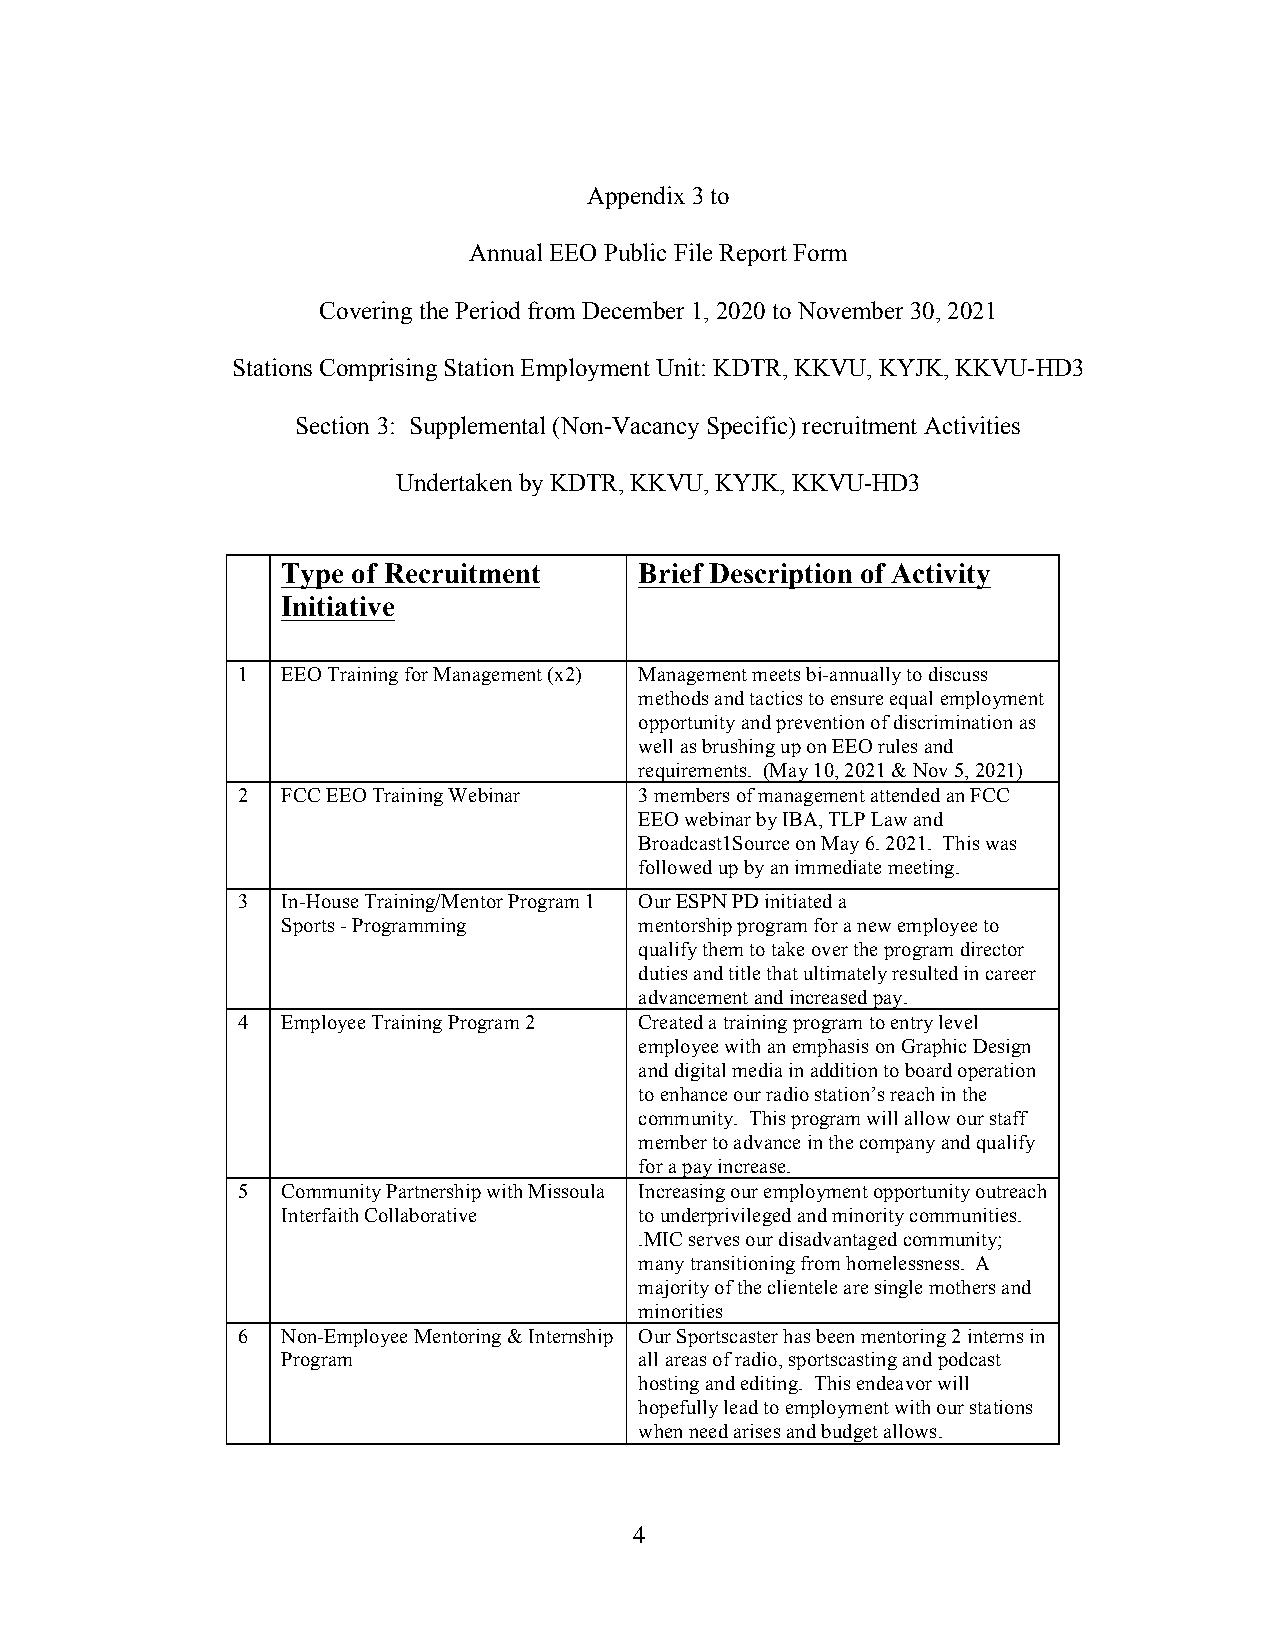
Appendix 3 to
 Annual EEO Public File Report Form
 Covering the Period from December 1, 2020 to November 30, 2021
 Stations Comprising Station Employment Unit: KDTR, KKVU, KYJK, KKVU-HD3
 Section 3: Supplemental (Non-Vacancy Specific) recruitment Activities
 Undertaken by KDTR, KKVU, KYJK, KKVU-HD3
 Type of Recruitment    Brief Description of Activity
 Initiative
 1  EEO Training for Management (x2) Management meets bi-annually to discuss
 methods and tactics to ensure equal employment
 opportunity and prevention of discrimination as
 well as brushing up on EEO rules and
 requirements. (May 10, 2021 & Nov 5, 2021)
 2  FCC EEO Training Webinar 3 members of management attended an FCC
 EEO webinar by IBA, TLP Law and
 Broadcast1Source on May 6. 2021. This was
 followed up by an immediate meeting.
 3  In-House Training/Mentor Program 1 Our ESPN PD initiated a
 Sports - Programming   mentorship program for a new employee to
 qualify them to take over the program director
 duties and title that ultimately resulted in career
 advancement and increased pay.
 4  Employee Training Program 2 Created a training program to entry level
 employee with an emphasis on Graphic Design
 and digital media in addition to board operation
 to enhance our radio station’s reach in the
 community. This program will allow our staff
 member to advance in the company and qualify
 for a pay increase.
 5  Community Partnership with Missoula Increasing our employment opportunity outreach
 Interfaith Collaborative to underprivileged and minority communities.
 .MIC serves our disadvantaged community;
 many transitioning from homelessness. A
 majority of the clientele are single mothers and
 minorities
 6  Non-Employee Mentoring & Internship Our Sportscaster has been mentoring 2 interns in
 Program                all areas of radio, sportscasting and podcast
 hosting and editing. This endeavor will
 hopefully lead to employment with our stations
 when need arises and budget allows.
 4